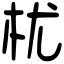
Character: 𣏞